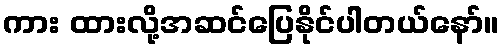
ကား ထားလို့အဆင်ပြေနိုင်ပါတယ်နော်။